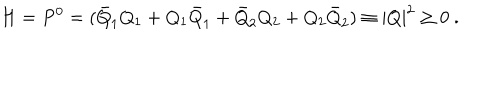
LaTeX: H = P ^ { 0 } = ( \bar { Q } _ { 1 } Q _ { 1 } + Q _ { 1 } \bar { Q } _ { 1 } + \bar { Q } _ { 2 } Q _ { 2 } + Q _ { 2 } \bar { Q } _ { 2 } ) \equiv | Q | ^ { 2 } \geq 0 ~ .